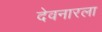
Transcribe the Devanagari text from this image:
देवनारला